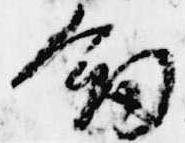
剣